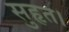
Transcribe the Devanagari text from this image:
सुहृत।